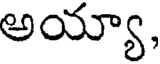
అయ్యా,